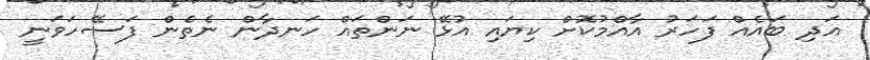
އަދި ބައެއް ފަހަރު އާއްމުކޮށް ކިޔައި އުޅޭ ނަންތައް ހަނދާން ނެތެން ފަސޭހަވަނީ